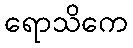
ရောသိကေ